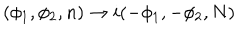
( \phi _ { 1 } , \phi _ { 2 } , n ) \rightarrow i ( - \phi _ { 1 } , - \phi _ { 2 } , N )